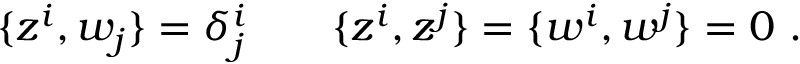
\{ z ^ { i } , w _ { j } \} = \delta _ { j } ^ { i } \qquad \{ z ^ { i } , z ^ { j } \} = \{ w ^ { i } , w ^ { j } \} = 0 \ .